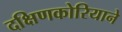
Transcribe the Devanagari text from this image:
दक्षिणकोरियाने